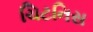
ચિટનિસ